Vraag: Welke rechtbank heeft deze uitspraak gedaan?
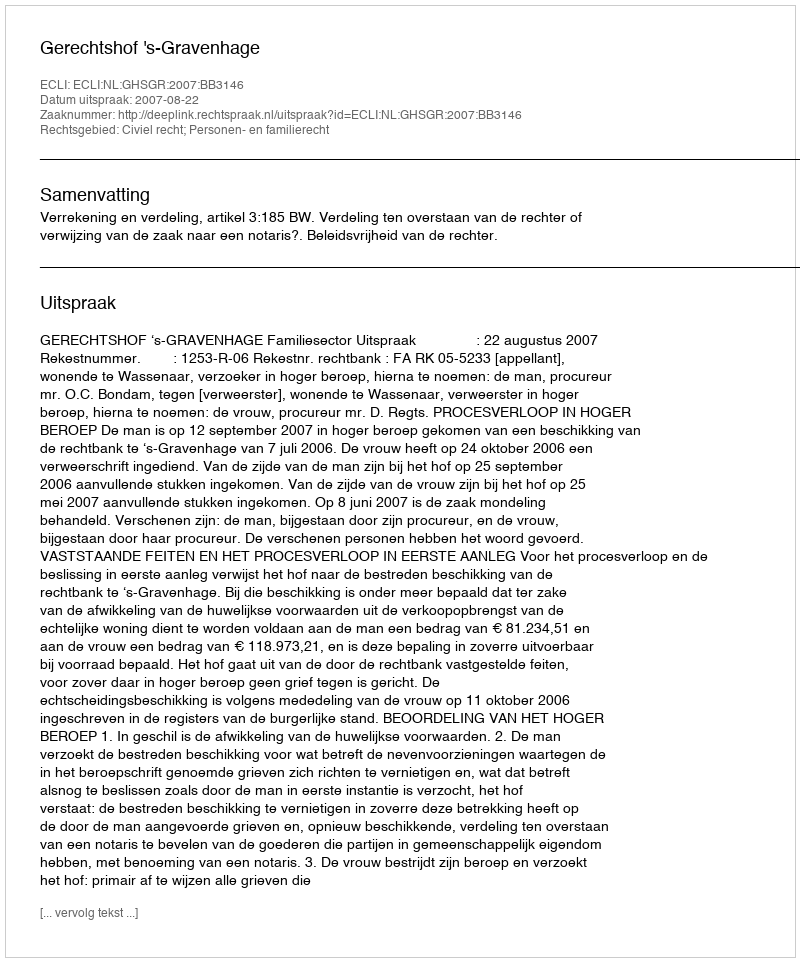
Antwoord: Gerechtshof 's-Gravenhage